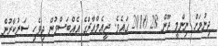
ދިނުމަށް ނިންމީ ޖޫން 28 2010 ގައެވެ. ޖީއެމްއާރްގެ އެއްބަސްވުން ދިވެހި ސަރުކާރުން